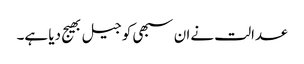
عدالت نےان سبھی کو جیل بھیج دیا ہے۔